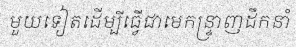
មួយទៀតដើម្បីធ្វើជាមេកន្ទ្រាញដឹកនាំ